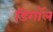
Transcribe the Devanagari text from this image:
डिगॉल